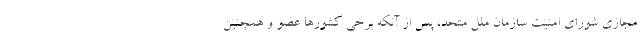
مجازی شورای امنیت سازمان ملل متحد، پس از آنکه برخی کشورها عضو و همچنین